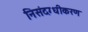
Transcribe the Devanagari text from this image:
निसंदग्धीकरण